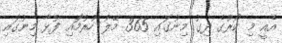
އެއީ މި ކޯރުގެ ދިގު މިނުގައި 365 މޭލު ހުރުމާައި ފުޅާ މިނުގައި